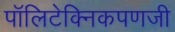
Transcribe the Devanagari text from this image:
पॉलिटेक्निकपणजी